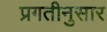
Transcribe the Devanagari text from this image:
प्रगतीनुसार